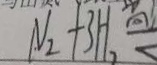
N _ { 2 } + 3 H _ { 2 }